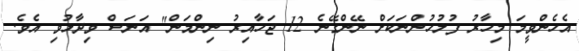
އެހެންވީމަ މިހާރު ފުލުހުންނަކަށް ނޭންގޭނެ 12 ޖަހާއިރު ނިންމަން" އަނަސް ވިދާޅުވި އެވެ.